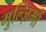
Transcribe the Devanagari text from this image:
मुल्ज़िमों